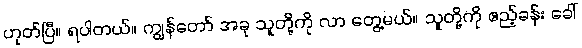
ဟုတ်ပြီ။ ရပါတယ်။ ကျွန်တော် အခု သူတို့ကို လာ တွေ့မယ်။ သူတို့ကို ဧည့်ခန်း ခေါ်